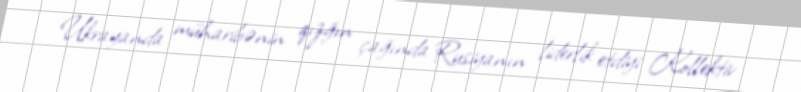
Ukrayanda müharibənin qızğın çağında Rusiyanın liderlik etdiyi Kollektiv